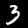
Label: 3